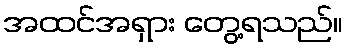
အထင်အရှား တွေ့ရသည်။